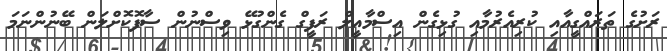
ރަށުގެ ތަރައްގީއާއި ކުރިއެރުމާއި ގުޅިގެން އިސްމާއީލް ރަފީގް ގެންގުޅޭ ވިސްނުން ސާފޮކޮށްލަން ބޭނުންނަމަ